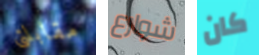
مقابلتى شوارع كان